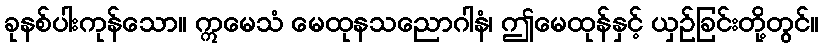
ခုနစ်ပါးကုန်သော။ ဣမေသံ မေထုနသညောဂါနံ၊ ဤမေထုန်နှင့် ယှဉ်ခြင်းတို့တွင်။